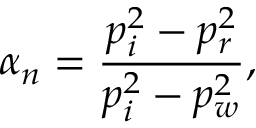
\alpha _ { n } = \frac { p _ { i } ^ { 2 } - p _ { r } ^ { 2 } } { p _ { i } ^ { 2 } - p _ { w } ^ { 2 } } ,